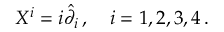
X ^ { i } = i \hat { \partial } _ { i } \, , ~ ~ ~ i = 1 , 2 , 3 , 4 \, .